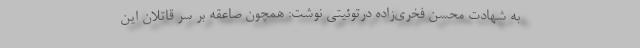
به شهادت محسن فخری‌زاده درتوئیتی نوشت: همچون صاعقه بر سر قاتلان این